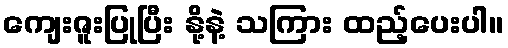
ကျေးဇူးပြုပြီး နို့နဲ့ သကြား ထည့်ပေးပါ။